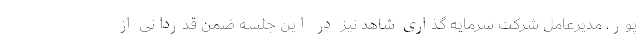
پور، مدیرعامل شرکت سرمایه گذاری شاهد نیز در این جلسه ضمن قدردانی از